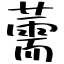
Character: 薷